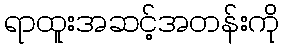
ရာထူးအဆင့်အတန်းကို